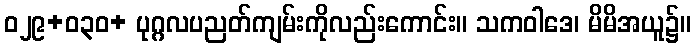
ဝ၂၉+ဝ၃၀+ ပုဂ္ဂလပညတ်ကျမ်းကိုလည်းကောင်း။ သကဝါဒေ၊ မိမိအယူ၌။